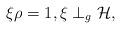
LaTeX: \begin{gather*}\xi\rho=1, \xi\perp_g \mathcal{H},\end{gather*}